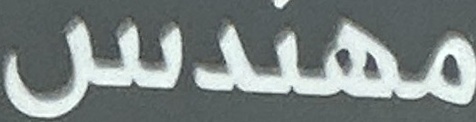
مهندس